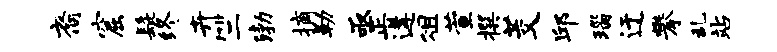
裔窟髭终卉竺渤摘勒亟正遘俎萱撰茭邱瑙迂攀乱站